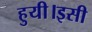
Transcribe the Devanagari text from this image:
हुयी।इसी